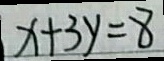
x + 3 y = 8